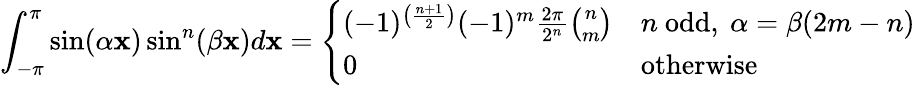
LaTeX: \int_{-\pi}^{\pi}\sin(\alpha\mathbf{x})\sin^{n}(\beta\mathbf{x})d\mathbf{x}={\left\{ \begin{array}{ll}{(-1)^{\left({\frac{n+1}{2}}\right)}(-1)^{m}{\frac{2\pi}{2^{n}}}{\binom{n}{m}}}&{n{\mathrm{~odd}},\ \alpha=\beta(2m-n)}\\ {0}&{{\mathrm{otherwise}}}\end{array}\right.}